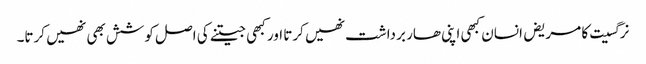
نرگسیت کا مریض انسان کبھی اپنی ھار برداشت نھیں کرتا اور کبھی جیتنے کی اصل کوشش بھی نھیں کرتا۔